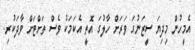
އެމީހުން މިދިޔަ ސީޒަނުގަ ވަރަށް ހާލުގަ އޮތީ އެކަމަކު ވެސް ތަށްޓަށް ވާދަކުރި.